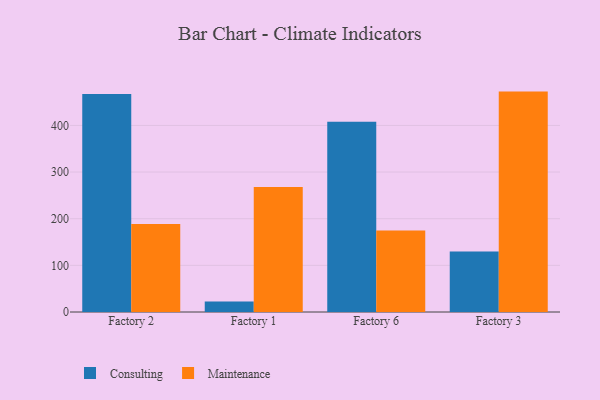
{"axis": {"x": "Factory", "y": "Shipments"}, "legend": ["Consulting", "Maintenance"], "data": [{"x": "Factory 2", "y": 467.4, "type": "Consulting"}, {"x": "Factory 2", "y": 188.9, "type": "Maintenance"}, {"x": "Factory 1", "y": 22.4, "type": "Consulting"}, {"x": "Factory 1", "y": 268.1, "type": "Maintenance"}, {"x": "Factory 6", "y": 407.8, "type": "Consulting"}, {"x": "Factory 6", "y": 174.8, "type": "Maintenance"}, {"x": "Factory 3", "y": 129.9, "type": "Consulting"}, {"x": "Factory 3", "y": 472.5, "type": "Maintenance"}]}